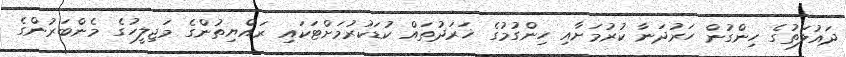
ދައުލަތުގެ ހިންގުން ހަރުދަނާ ކުރުމަށާއި ހިންގުމުގެ ޚަރަދުތައް ކުޑަކުރުމަށްޓަކައި ރައްޔިތުންގެ މަޖިލީހުގެ މެންބަރުންގެ